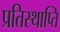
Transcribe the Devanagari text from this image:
प्रतिस्थाप्ति